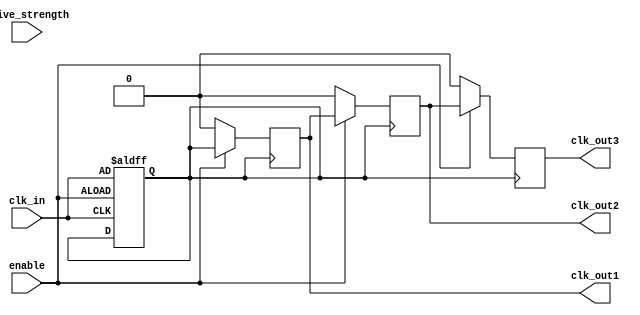
module LowPowerClockBuffer (
    input wire clk_in,      // Input clock signal
    input wire enable,      // Enable signal to control buffer operation
    input wire [1:0] drive_strength, // Configure output drive strength
    output reg clk_out1,    // Buffered output clock 1
    output reg clk_out2,    // Buffered output clock 2
    output reg clk_out3     // Buffered output clock 3
);

    // Parameters for buffer delay - adjust based on technology
    parameter BUFFER_DELAY1 = 2; // Delay for stage 1
    parameter BUFFER_DELAY2 = 4; // Delay for stage 2
    parameter BUFFER_DELAY3 = 6; // Delay for stage 3

    // Internal clock edge detection
    reg clk_in_d; // Delayed clock input for edge detection

    // Enable control for output logic
    always @(posedge clk_in or posedge enable) begin
        if (enable) begin
            clk_in_d <= clk_in; // Capture the current clock state
        end
    end

    // Multi-stage buffering
    always @(posedge clk_in_d) begin
        if (enable) begin
            // Stage 1
            clk_out1 <= #BUFFER_DELAY1 clk_in_d;

            // Stage 2
            clk_out2 <= #BUFFER_DELAY2 clk_out1;

            // Stage 3
            clk_out3 <= #BUFFER_DELAY3 clk_out2;
        end else begin
            // Disable output on idle
            clk_out1 <= 0;
            clk_out2 <= 0;
            clk_out3 <= 0;
        end
    end

    // Output drive strength adjustment
    always @(drive_strength) begin
        case (drive_strength)
            2'b00: begin
                // Drive strength low
                // Logic to set output drive strength low can be added here
            end
            2'b01: begin
                // Drive strength medium
                // Logic for medium drive can be added here
            end
            2'b10: begin
                // Drive strength high
                // Logic for high drive can be added here
            end
            default: begin
                // Default drive strength
            end
        endcase
    end

endmodule